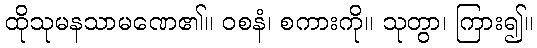
ထိုသုမနသာမဏေ၏။ ဝစနံ၊ စကားကို။ သုတွာ၊ ကြား၍။